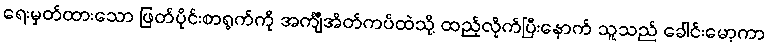
ရေးမှတ်ထားသော ဖြတ်ပိုင်းစာရွက်ကို အင်္ကျီအိတ်ကပ်ထဲသို့ ထည့်လိုက်ပြီးနောက် သူသည် ခေါင်းမော့ကာ